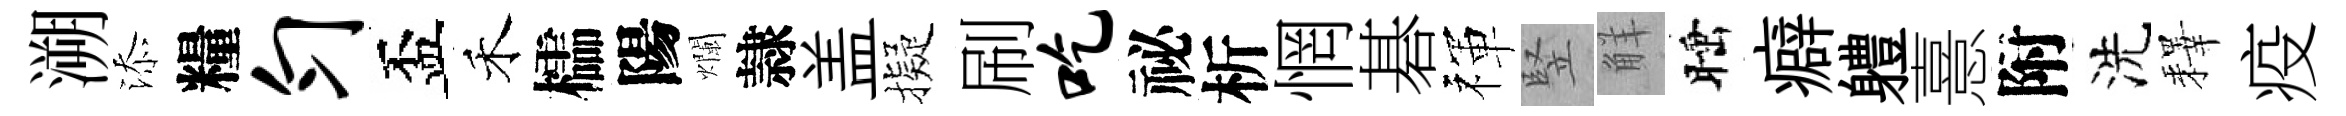
溯添糧匀盃禾櫺陽爛隷盖擬刷吃祕析惘碁禈竪觧睡癖軆憙附洗釋疫